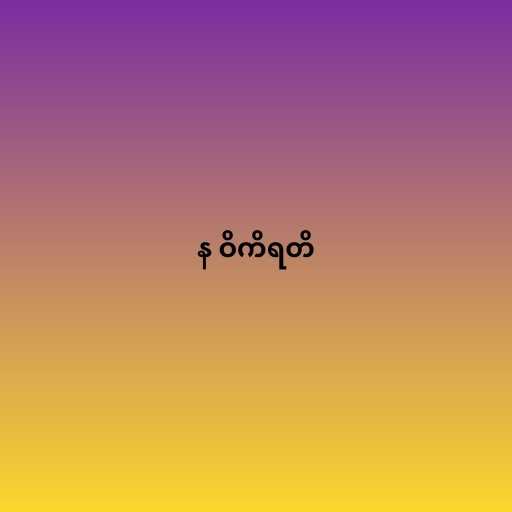
န ဝိကိရတိ